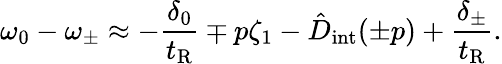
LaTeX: \omega_{0}-\omega_{\pm}\approx-\frac{\delta_{0}}{t_{\mathrm{R}}}\mp p\zeta_{1}-\hat{D}_{\mathrm{int}}(\pm p)+\frac{\delta_{\pm}}{t_{\mathrm{R}}}.